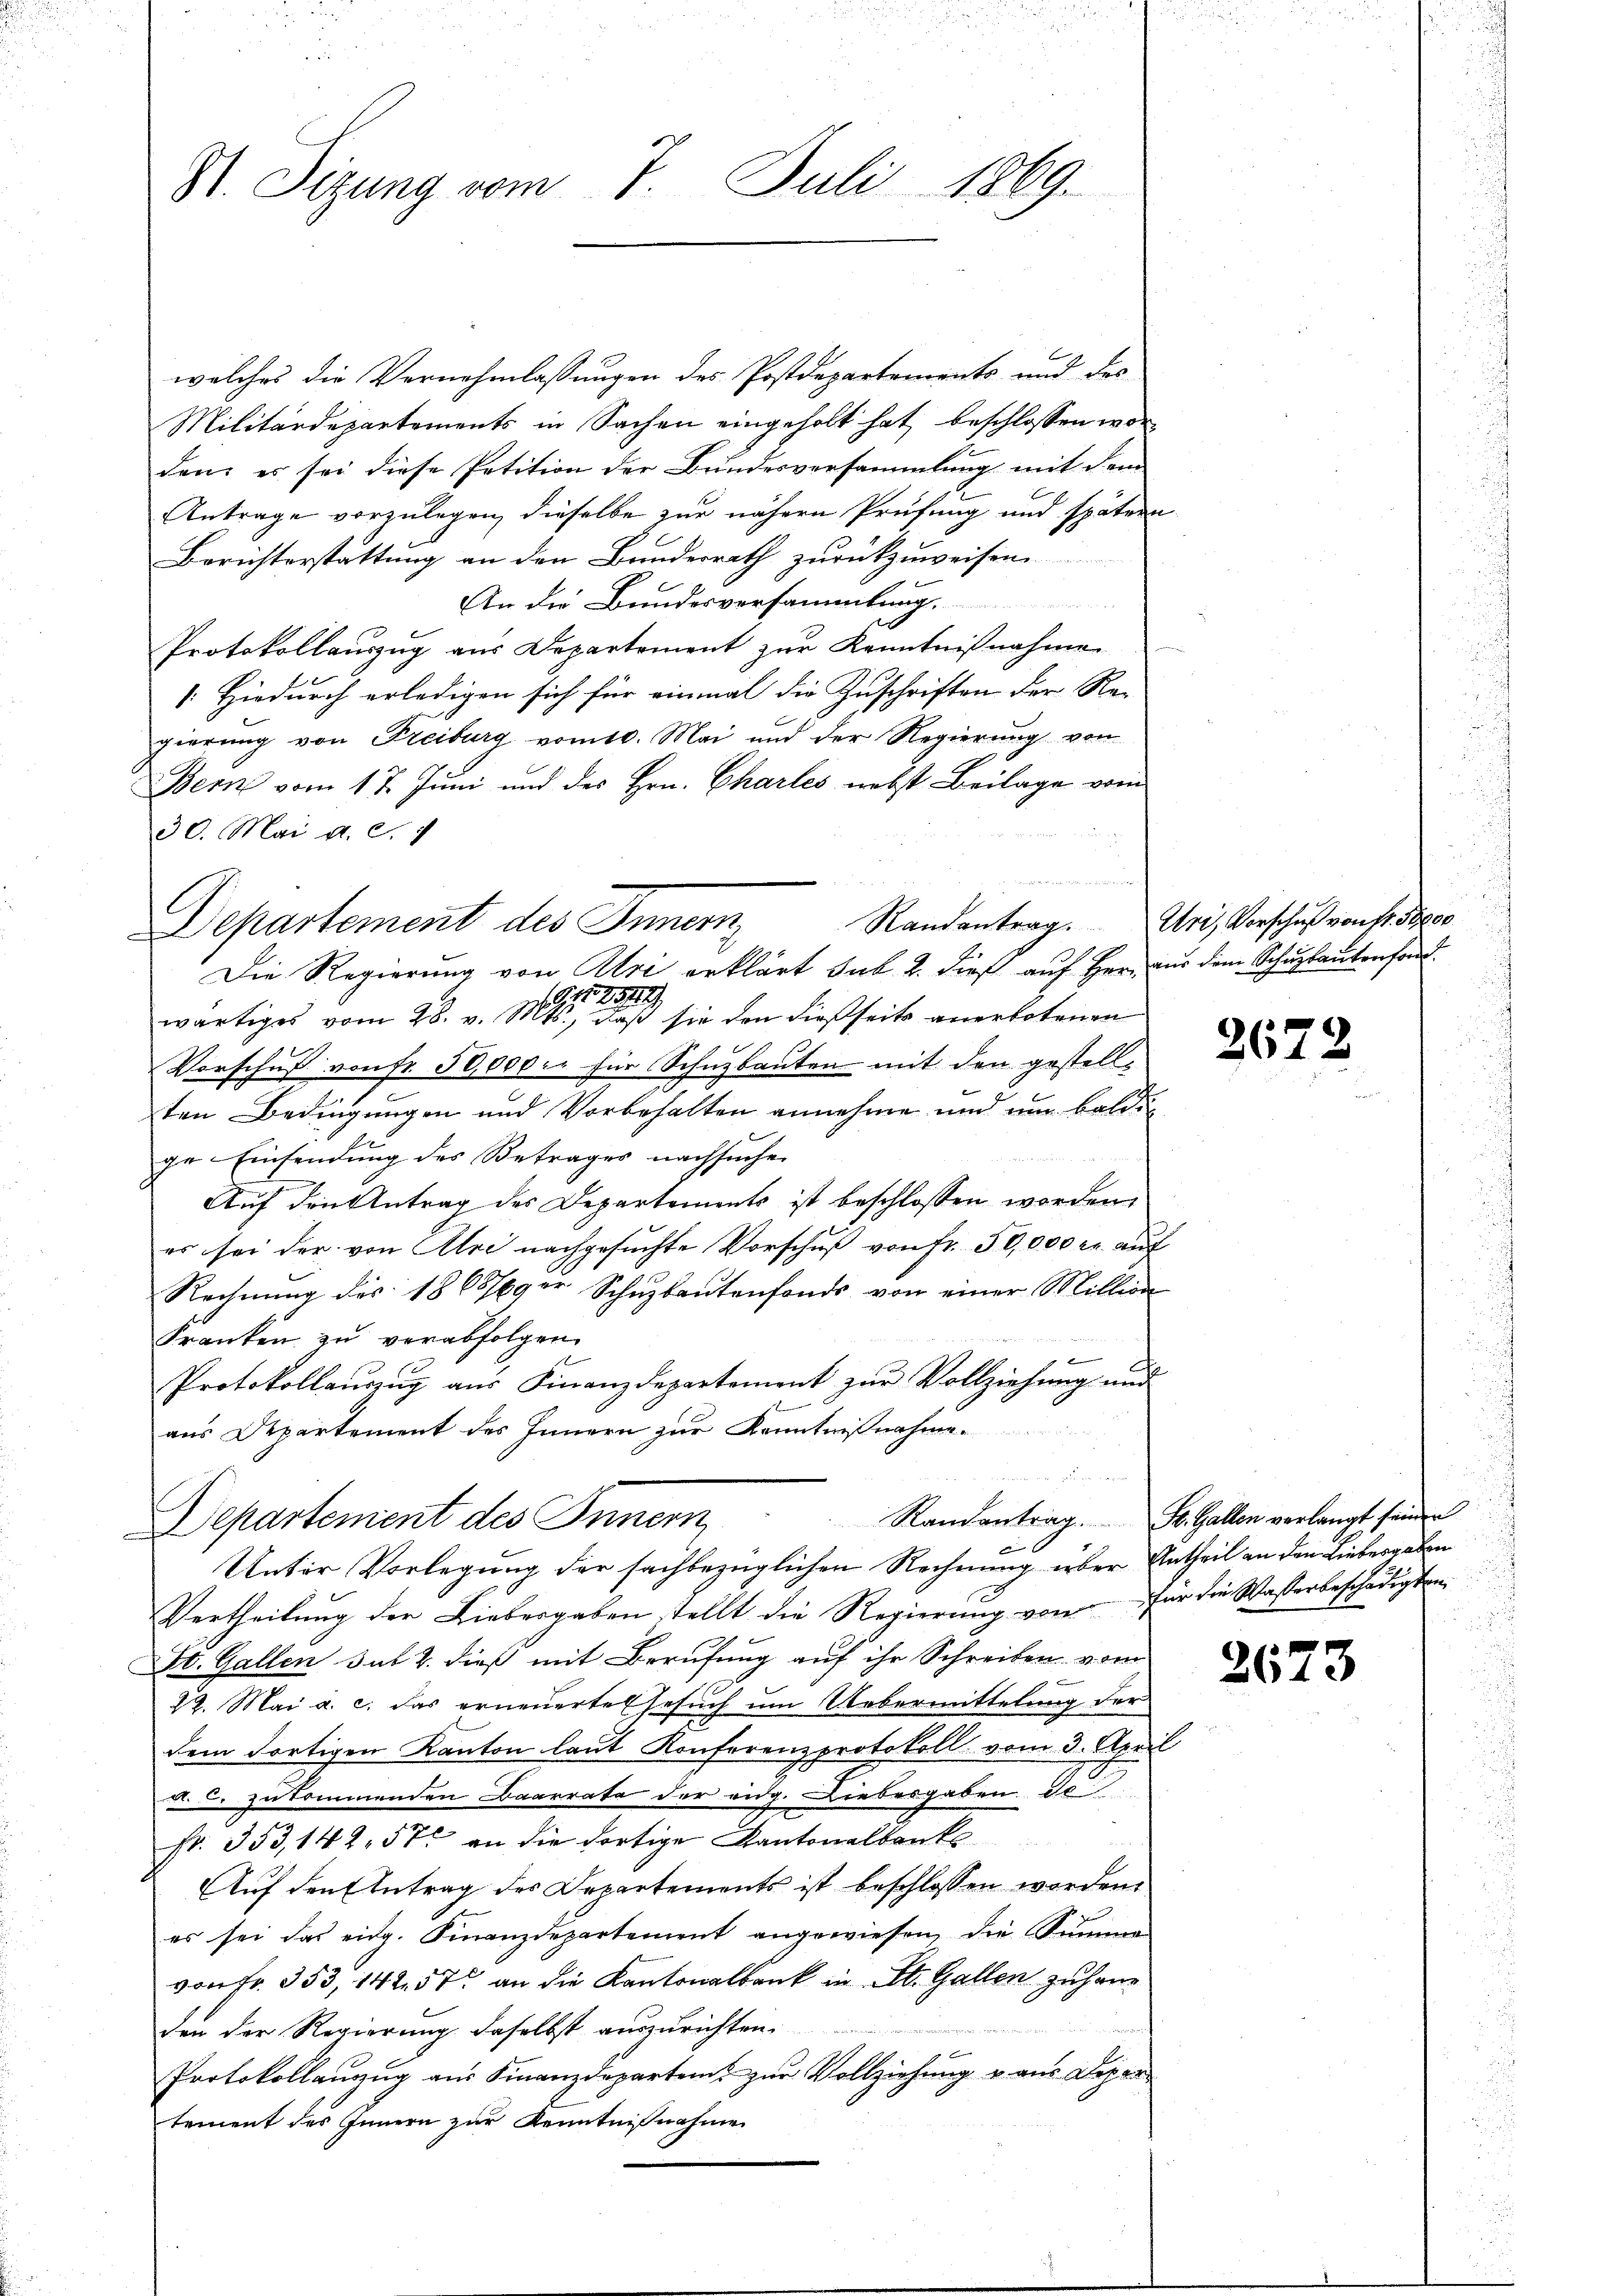
V. Sizung vom 8. Juli 1869.

welches die Vernehmlassungen des Postdepartements und des
Militärdepartements in Sachen eingeholt hat beschlossen worden; es sei diese Petition der Bundesversammlung mit dem
Antrage vorzulegen, dieselbe zur nähern Prüfung und spätern
Berichterstattung an den Bundesrath zurückzuweisen
An die Bundesversammlung.
n
Protokollaŭszŭg aŭs Departement zŭr Kenntnißnahmen
[Hiedurch erledigen sich für einmal die Zuschriften der Re-
gierung von Freiburg vom 10. Mai und der Regierung von
Bern vom 17. Juni und des Hrn. Charles nebst Beilage vom
30. Mai d. d. 1
Departement des Innern,
Die Regierung von Uri erklärt sub 2. dieß auf Herr aus dem Schulantenfond.
11,1525/1
wärtiges vom 28. v. Mts., daß sie den dießseits anerbotenen
Vorschuß von fr. 50,000 fr für Schnzbauten mit den gestellten Bedingungen und Vorbehalten annehme und um baldi
ge Einsendung des Betrages nachsuchen
Auf den Antrag des Departements ist beschlossen worden,
es sei der von Ali nachgesuchte Vorschuß von Fr. 50,000 r. auf
Rechnung des 1865/0ger Schuzbautenfonds von einer Million
Franken zu verabfolgen.
6
c
Protokollauszug aus Finanzdepartement zur Vollziehung und
aus Departement des Innern zur Kenntn
n
Randantrag. St. Gallen verlangt seinen
Departement des Innern
Unter Vorlegung der sachbezüglichen Rechnung über Antheil an den Liebergeben
Vertheilung der Liebesgaben stellt die Regierung von für die Wasserbeschädigten
St. Gallen sub 2. dieß mit Berufung auf ihr Schreiben vom
22. Mai a. c. das erneuerte Gesuch um Uebermittelung der
dem dortigen Kanton laut Konferenzprotokoll vom 3. April
a. c. zukommenden Baarrate der eidg. Liebesgaben de
Nr. 353,142. 57 an die dortige Kantonalbank
Auf den Antrag des Departements ist beschlossen worden.
1
es sei das eidg. Finanzdepartement angewiesen, die Summe
von Fr. 353, 14257 an die Kantonalbank in St. Gallen zu handen der Regierung daselbst auszurichten.
Protokollanzug aus Finanzdeparten zur Vollziehung u. aus Departement des Innern zur Kenntnißnahme

e

Randantrag

Uri, Vorschuß von Fr. 50000

2

2672

2673